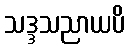
သဒ္ဒသညာယပိ